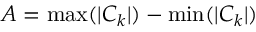
A = \operatorname* { m a x } ( | C _ { k } | ) - \operatorname* { m i n } ( | C _ { k } | )